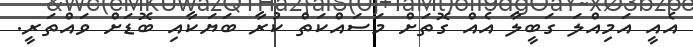
އެއީ އަމިއްލަ ގަބީލާ އެއް ގޮތަށް މަސައްކަތް ކުރާ ބަޔަކާއި ބޮޑަށް ވައްތަރީ.